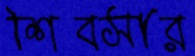
শিবসার